Problem: 9 + 13 = ?
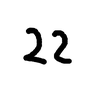
Handwritten answer: 22